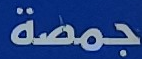
جمصة